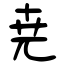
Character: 尭